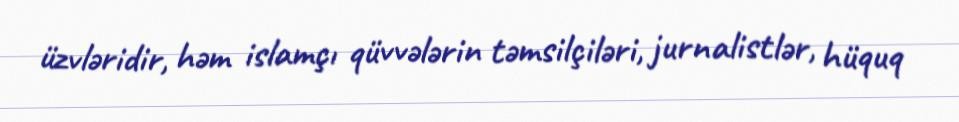
üzvləridir, həm islamçı qüvvələrin təmsilçiləri, jurnalistlər, hüquq